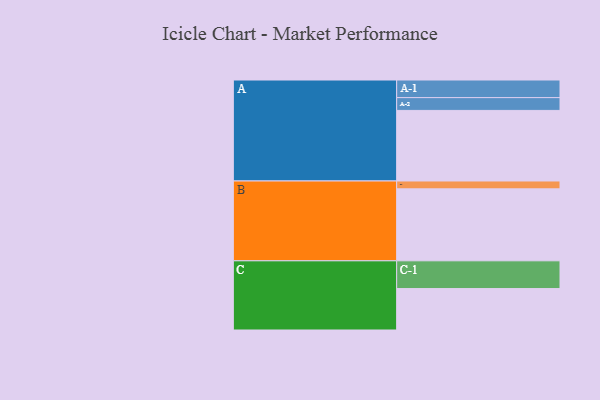
{"axis": {"x": "Segment", "y": "Value"}, "legend": ["", "A", "B", "C"], "data": [{"x": "A", "y": 557, "type": ""}, {"x": "B", "y": 568, "type": ""}, {"x": "C", "y": 327, "type": ""}, {"x": "A-1", "y": 139, "type": "A"}, {"x": "A-2", "y": 101, "type": "A"}, {"x": "B-1", "y": 62, "type": "B"}, {"x": "C-1", "y": 219, "type": "C"}]}